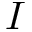
I